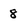
Character: 8